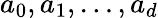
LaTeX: a_{0},a_{1},\dots,a_{d}